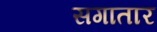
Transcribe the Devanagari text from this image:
सगातार